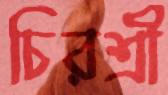
চিরশ্রী